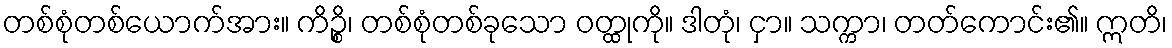
တစ်စုံတစ်ယောက်အား။ ကိဉ္စိ၊ တစ်စုံတစ်ခုသော ဝတ္ထုကို။ ဒါတုံ၊ ငှာ။ သက္ကာ၊ တတ်ကောင်း၏။ ဣတိ၊